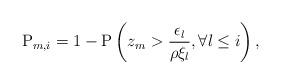
LaTeX: \begin{align*}\mathrm{P}_{m,i} = 1- \mathrm{P}\left( z_m>\frac{\epsilon_l}{\rho\xi_l}, \forall l\leq i\right),\end{align*}